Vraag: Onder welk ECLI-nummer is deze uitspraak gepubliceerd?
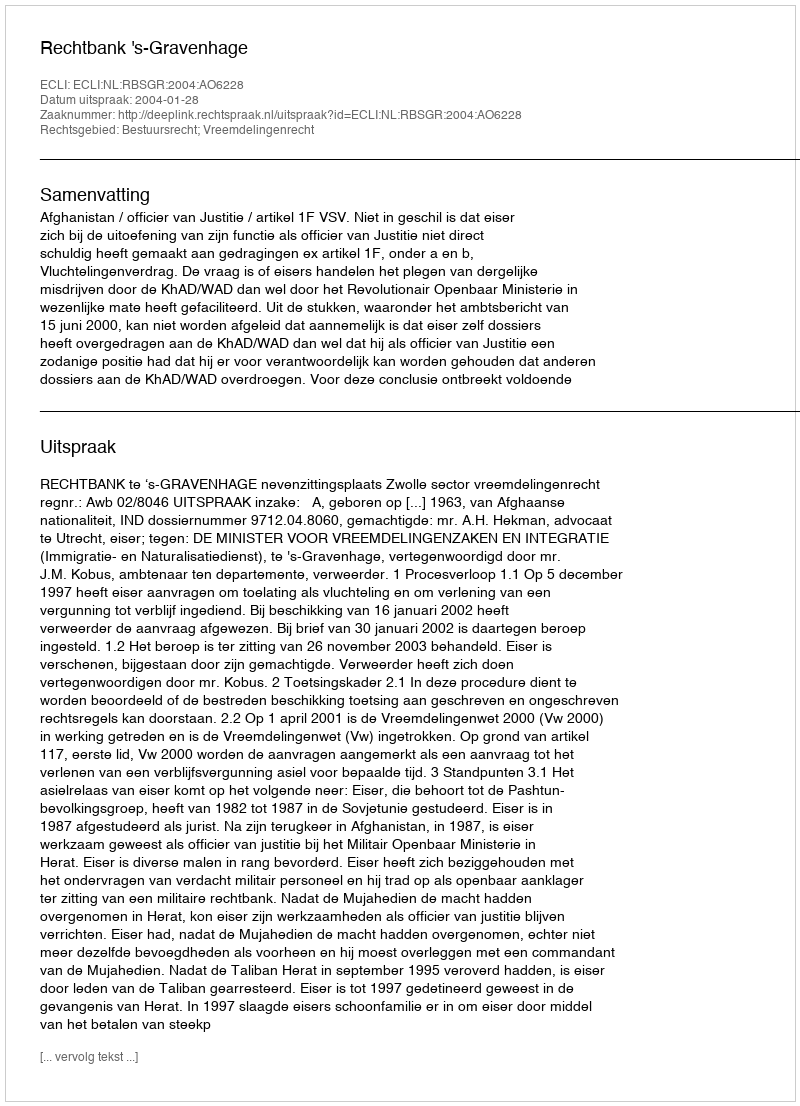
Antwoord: ECLI:NL:RBSGR:2004:AO6228